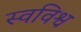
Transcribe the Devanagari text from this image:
स्वविश्व